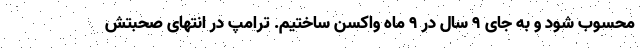
محسوب شود و به جای 9 سال در 9 ماه واکسن ساختیم. ترامپ در انتهای صحبتش